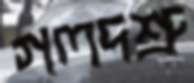
গলদশ্রু